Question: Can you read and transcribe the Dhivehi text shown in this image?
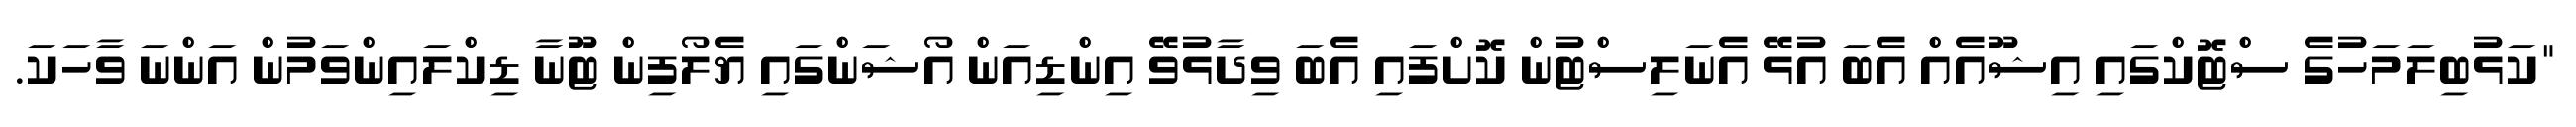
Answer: "ކަޅުބިލަމަހުގެ ސްޓޮކްގައި އިޝޫއެއް އެބަ އުޅޭ އެނަލިސްޓުން ކޮށްފައި އެބަ ވިދާޅުވޭ އިންޑިއަން އޯޝަންގައި ޔެލޯފިން ޓޫނާ ޑިކްލައިންވަމުން އަންނަ ވާހަކަ.